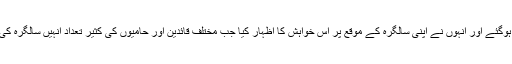
در اصل لالو پرساد یادو اب 70 سال کے ہوگئے اور انہوں نے اپنی سالگرہ کے موقع پر اس خواہش کا اظہار کیا جب مختلف قائدین اور حامیوں کی کثیر تعداد انہیں سالگرہ کی مبارکباد پیش کرنے کیلئے پہونچی تھی ۔